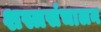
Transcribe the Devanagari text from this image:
शस्त्रसंचालन